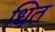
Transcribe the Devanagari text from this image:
धित